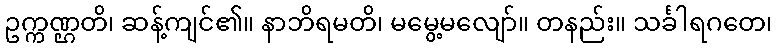
ဥက္ကဏ္ဌတိ၊ ဆန့်ကျင်၏။ နာဘိရမတိ၊ မမွေ့မလျော်။ တနည်း။ သင်္ခါရဂတေ၊